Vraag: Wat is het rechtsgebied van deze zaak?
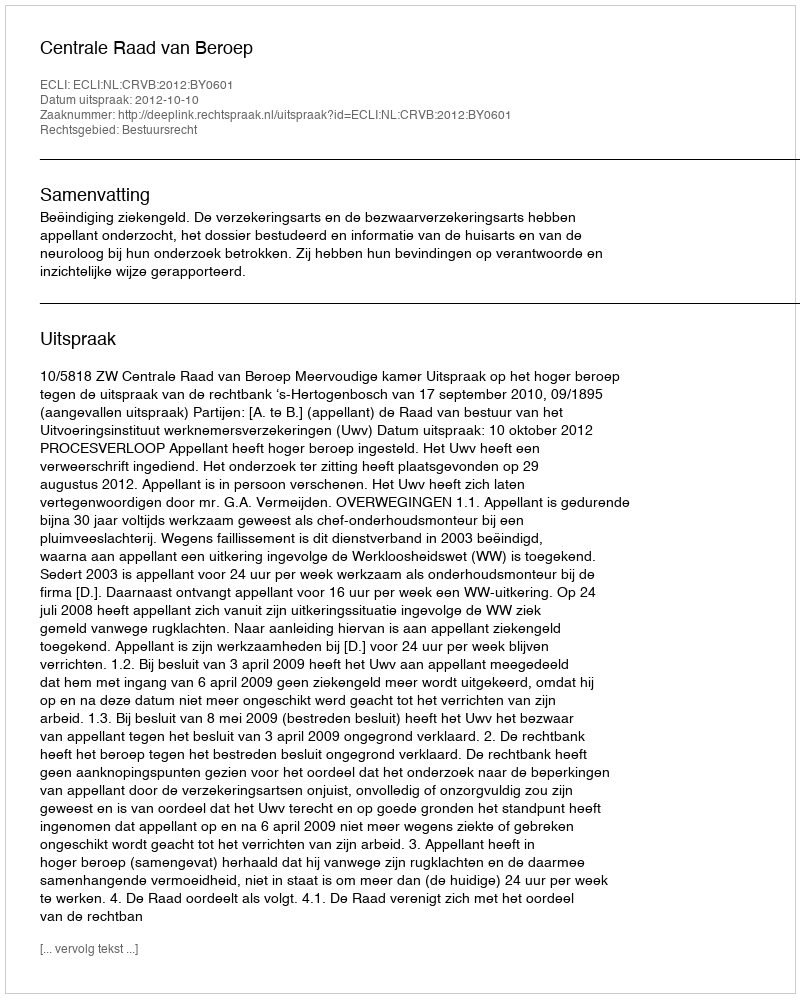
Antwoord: Bestuursrecht